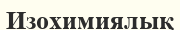
Изохимиялық